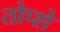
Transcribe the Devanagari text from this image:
तोप्शे